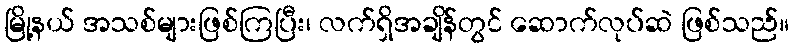
မြို့နယ် အသစ်များဖြစ်ကြပြီး၊ လက်ရှိအချိန်တွင် ဆောက်လုပ်ဆဲ ဖြစ်သည်။